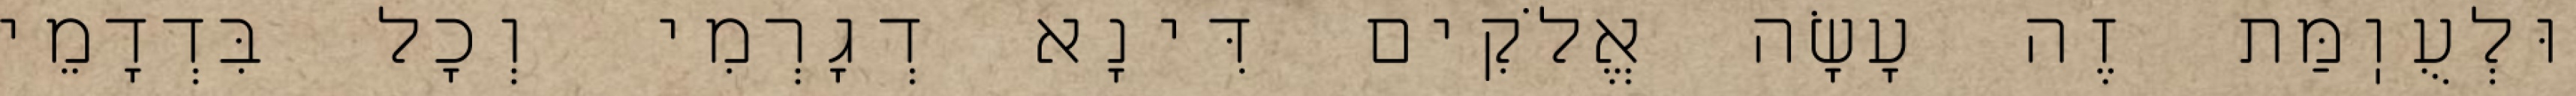
וּלְעֻוֽמַּת זֶה עָשָׂה אֱלֹקִים דִּינָא דְגָרְמִי וְכׇל בִּדְדָמֵי